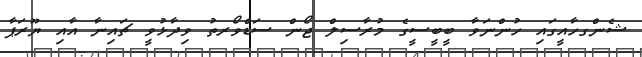
ޝެންގހާއީގައި ހުންނަވާ ބީބީސީގެ މުރާސިލް ޖޯން ސަޑްވޯރތު ވިދާޅުވީ ޗައިނާ އާއި ޔޫރަޕާ